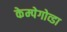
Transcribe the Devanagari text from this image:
केम्पेगोव्डा